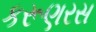
કરૂણરસ